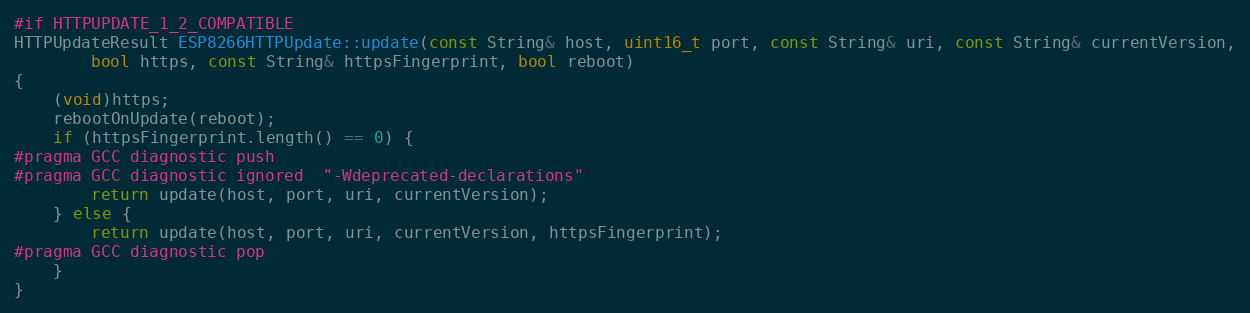
Language: C++
#if HTTPUPDATE_1_2_COMPATIBLE
HTTPUpdateResult ESP8266HTTPUpdate::update(const String& host, uint16_t port, const String& uri, const String& currentVersion,
        bool https, const String& httpsFingerprint, bool reboot)
{
    (void)https;
    rebootOnUpdate(reboot);
    if (httpsFingerprint.length() == 0) {
#pragma GCC diagnostic push
#pragma GCC diagnostic ignored  "-Wdeprecated-declarations"
        return update(host, port, uri, currentVersion);
    } else {
        return update(host, port, uri, currentVersion, httpsFingerprint);
#pragma GCC diagnostic pop
    }
}